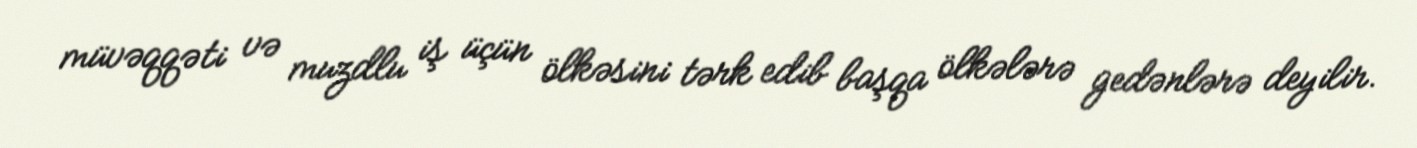
müvəqqəti və muzdlu iş üçün ölkəsini tərk edib başqa ölkələrə gedənlərə deyilir.